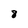
Character: 8